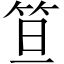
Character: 笪